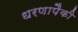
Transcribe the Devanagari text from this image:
धरणापैकी